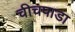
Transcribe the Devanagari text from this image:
चीचपाडा